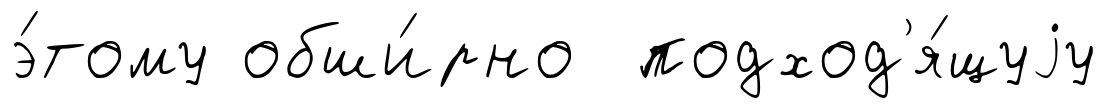
э́тому обши́рно подход'я́щуjу